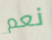
نعم